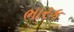
ભારક